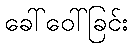
ခေါ်ဝေါ်ခြင်း